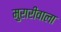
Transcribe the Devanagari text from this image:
मुरारीवाला